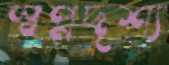
স্বপ্নদৃশ্য